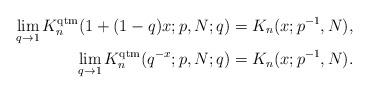
LaTeX: \begin{align*}\lim_{q\to1} K_n^{\rm qtm}(1+(1-q)x;p,N;q)&=K_n(x;p^{-1},N),\\\lim_{q\to1} K_n^{\rm qtm}(q^{-x};p,N;q)&=K_n(x;p^{-1},N).\end{align*}